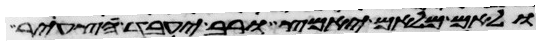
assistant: ולאם מלאם יאמץ ורב יעבד צעיר